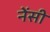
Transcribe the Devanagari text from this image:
नेंसी